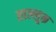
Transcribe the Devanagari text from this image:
ताल्लूक